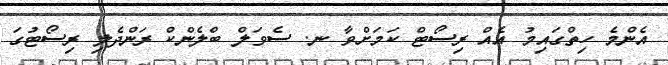
އެންމެ ހިތްގައިމު އެއް ރިސޯޓް ކަމަށްވާ ނ. ސެވަލް ބްލެންކް ރަންދެލި ރިސޯޓުގަ